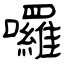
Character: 囉